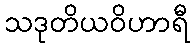
သဒုတိယဝိဟာရီ